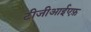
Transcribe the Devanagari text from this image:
टीजीआईएफ़